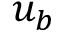
u _ { b }